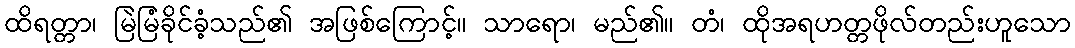
ထိရတ္တာ၊ မြဲမြံခိုင်ခံ့သည်၏ အဖြစ်ကြောင့်။ သာရော၊ မည်၏။ တံ၊ ထိုအရဟတ္တဖိုလ်တည်းဟူသော